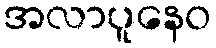
အလာပူနေဝ